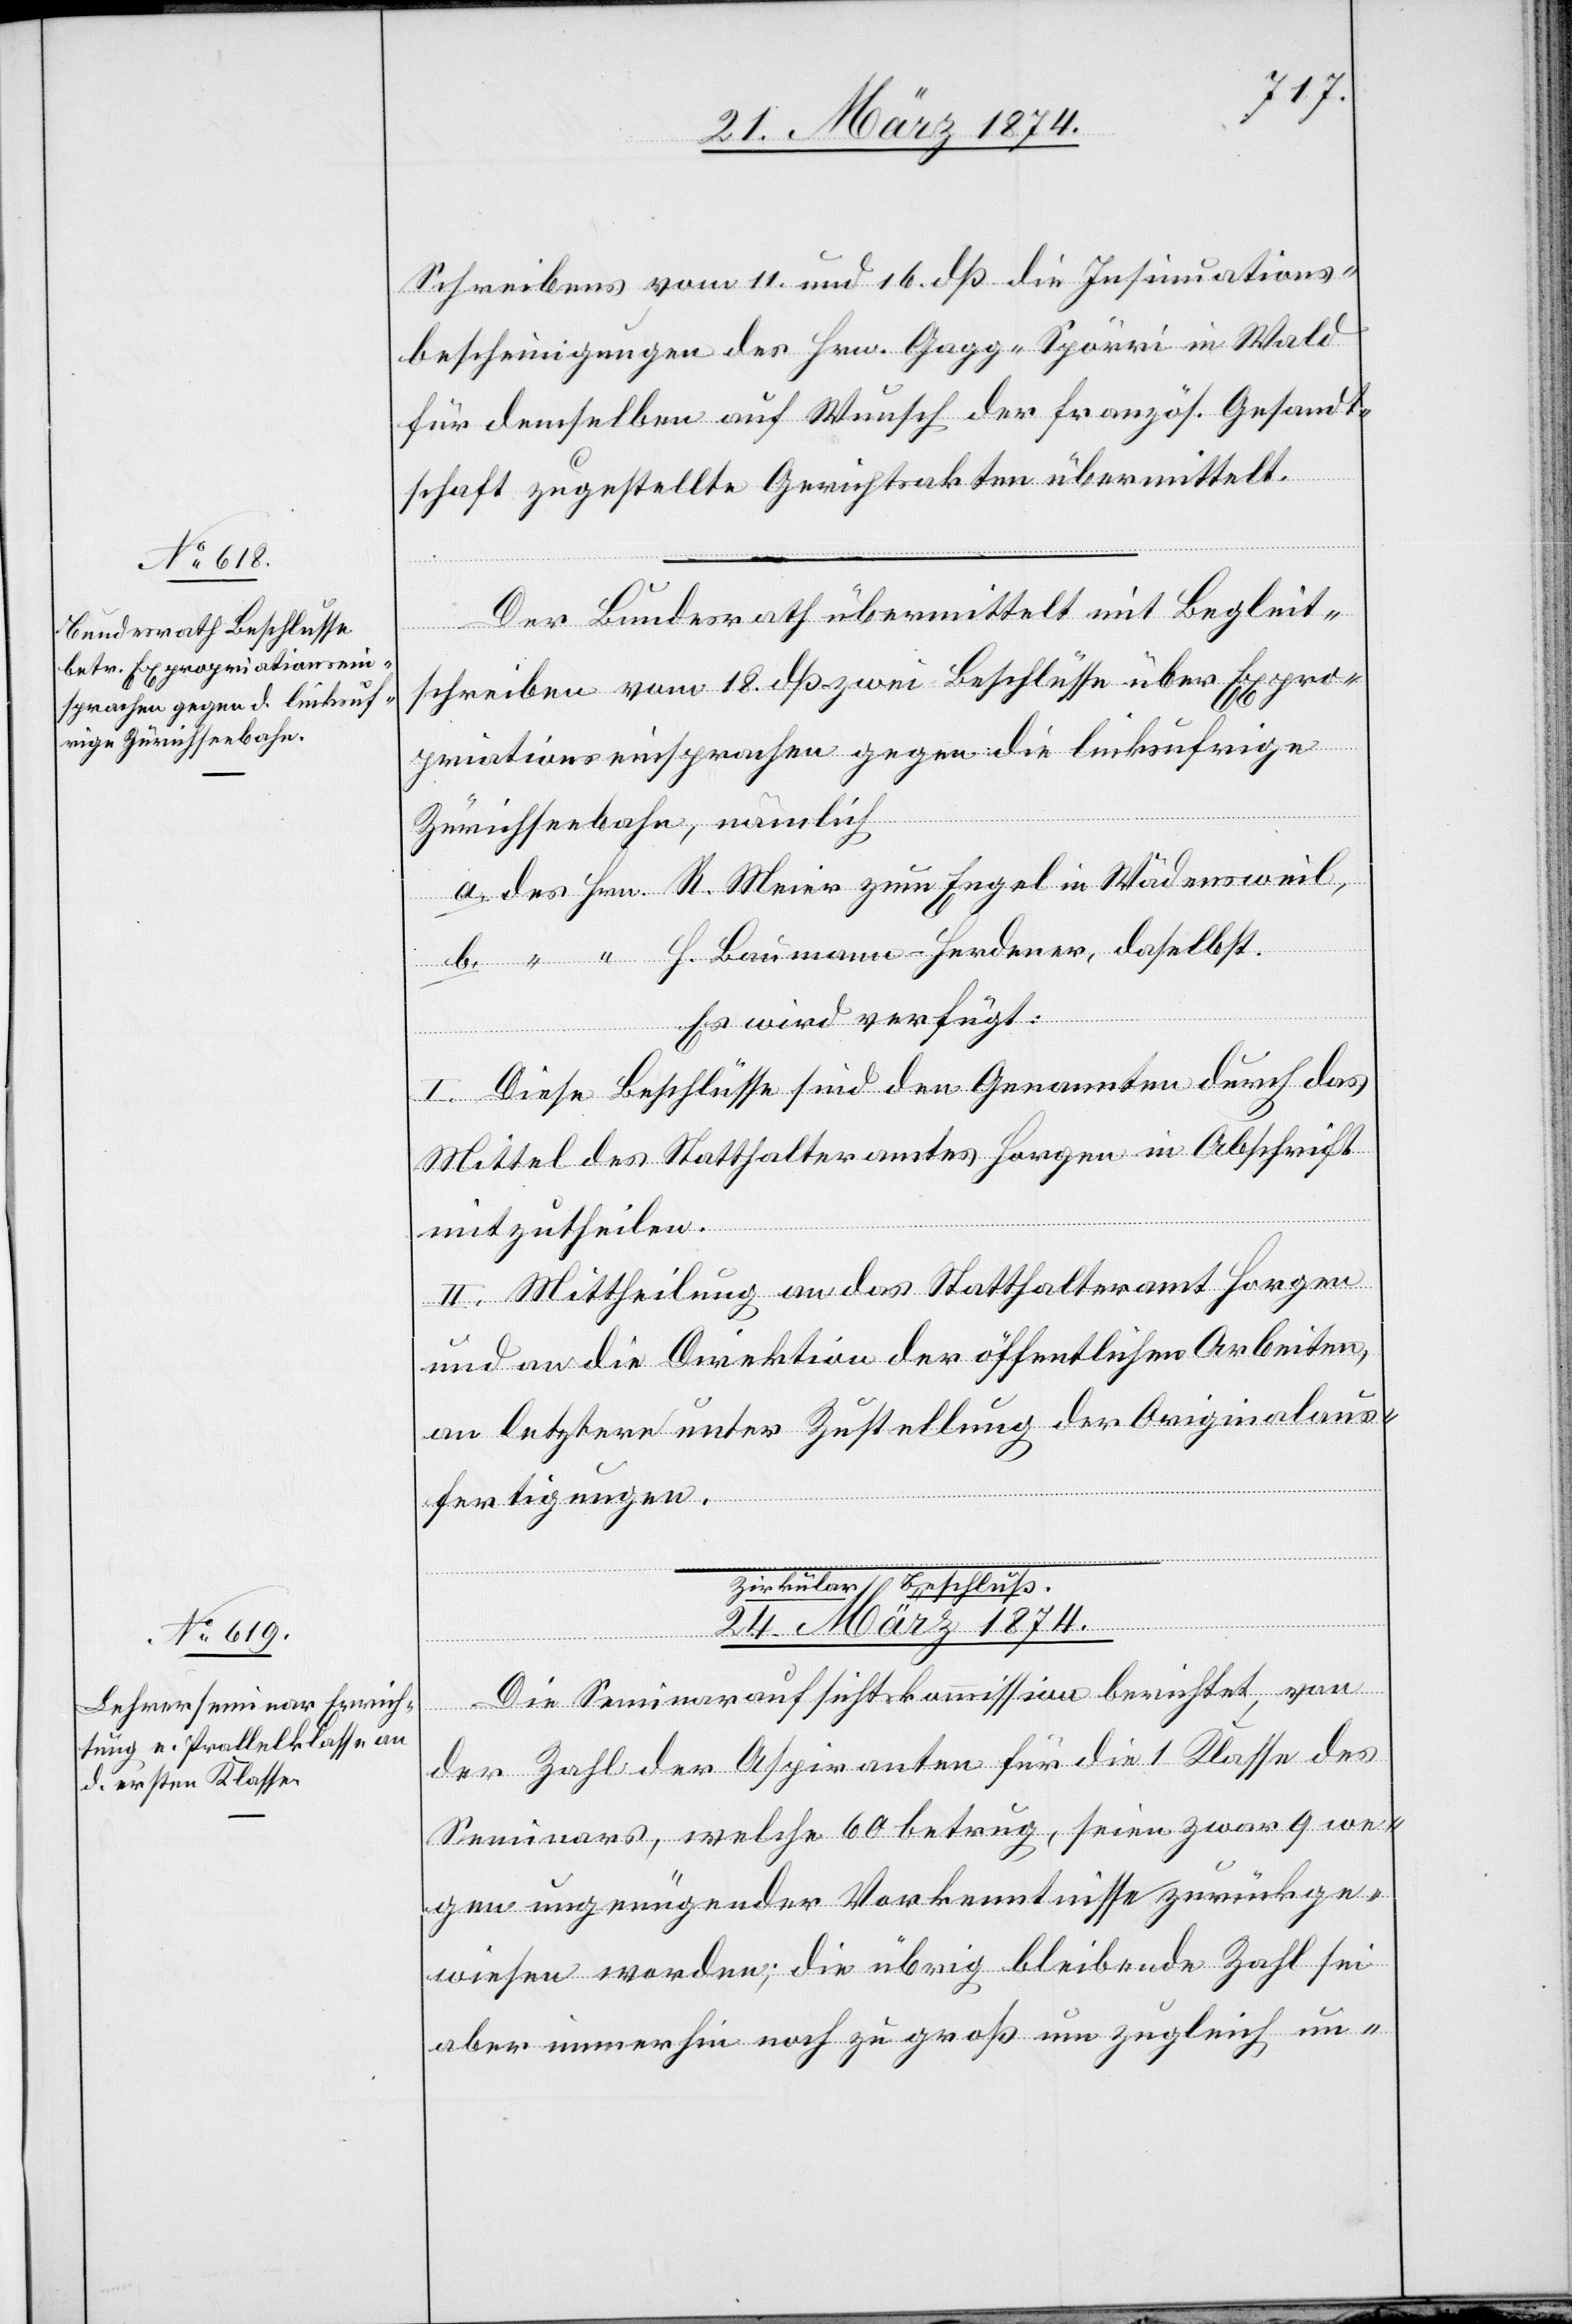
Schreibens vom 11. und 16. dß die Insinuations¬
bescheinigungen des Hrn. Gagg-Spörri in Wald
für demselben auf Wunsch der französ. Gesandt¬
schaft zugestellte Gerichtsakten übermittelt.
Der Bundesrath übermittelt mit Begleit¬
schreiben vom 18. dß zwei Beschlüsse über Expro¬
priationseinsprachen gegen die linksufrige
Zürichseebahn, nämlich
a. des Hrn. R. Meier zum Engel in Wädensweil,
b. “ “ H. Baumann-Ferderer, daselbst.
Es wird verfügt:
I. Diese Beschlüsse sind den Genannten durch das
Mittel des Statthalteramtes Horgen in Abschrift
mitzutheilen.
II. Mittheilung an das Statthalteramt Horgen
und an die Direktion der öffentlichen Arbeiten,
an letztere unter Zustellung der Originalaus¬
fertigungen.
Zirkular Beschluß.
24. März 1874.
Die Seminaraufsichtskommission berichtet, von
der Zahl der Aspiranten für die 1. Klasse des
Seminars, welche 60 betrug, seien zwar 9 we¬
gen ungenügender Vorkenntnisse zurückge¬
wiesen worden; die übrig bleibende Zahl sei
aber immerhin noch zu groß um zugleich un-